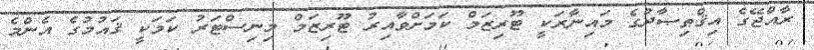
ރާއްޖޭގެ އިޤްޠިޞާދުގެ މައިނާރަކީ ޓޫރިޒަމް ކަމަށްވާއިރު ޓޫރިޒަމް މިނިސްޓަރު ކަމަކީ ޤައުމުގެ އެންމެ